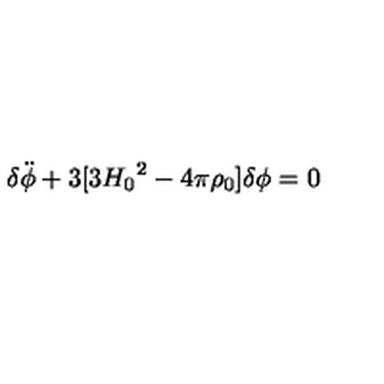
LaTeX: { \delta } \ddot { \phi } + 3 [ 3 { H _ { 0 } } ^ { 2 } - 4 { \pi } { \rho } _ { 0 } ] { \delta } { \phi } = 0